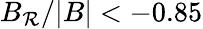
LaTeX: B_{\mathcal{R}}/|B|<-0.85